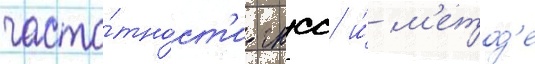
часто́тност'и гнсс и́ м'етод'е